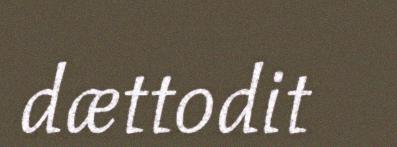
dættodit